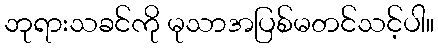
ဘုရားသခင်ကို မုသာအပြစ်မတင်သင့်ပါ။